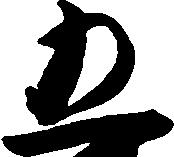
五